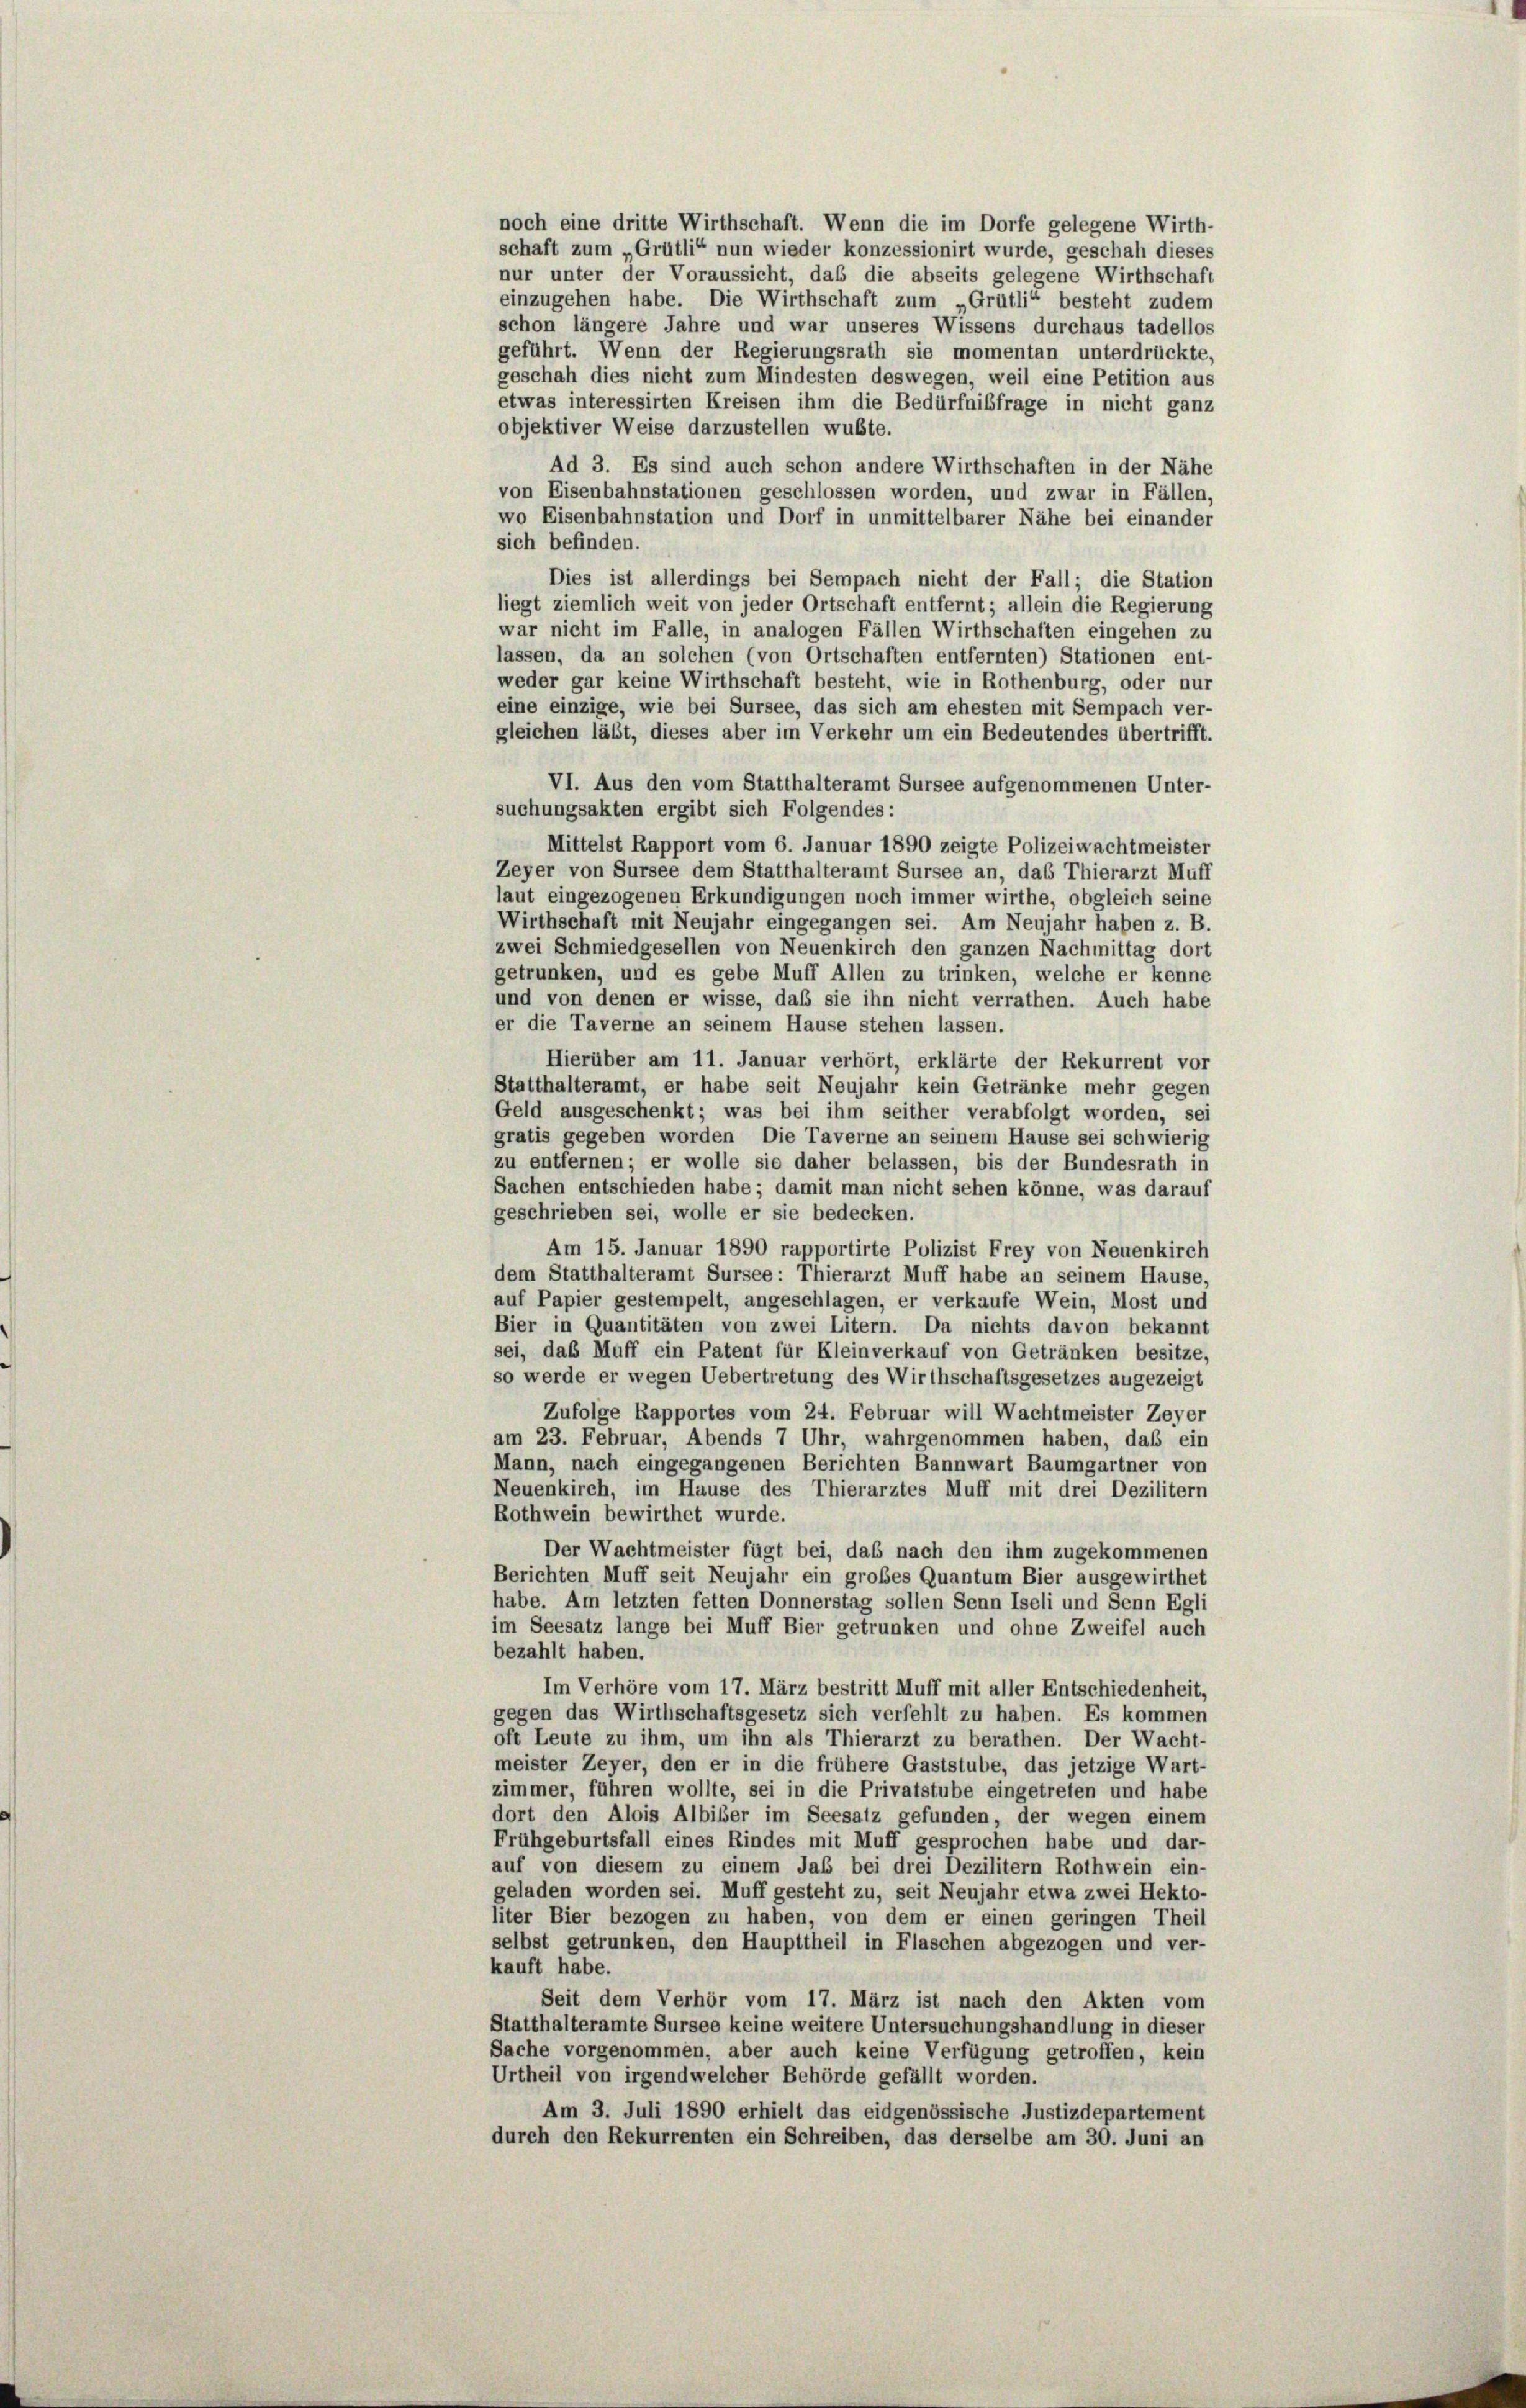
schon längere Jahre und war unseres Wissens durchaus tadellos
geführt. Wenn der Regierungsrath sie momentan unterdrückte
geschah dies nicht zum Mindesten deswegen, weil eine Petition aus
etwas interessirten Kreisen ihm die Bedürfnisfrage in nicht ganz
objektiver Weise darzustellen wußte.
Ad 3. Es sind auch schon andere Wirthschaften in der Nähe
von Eisenbahnstationen geschlossen worden, und zwar in Fällen,
wo Eisenbahnstation und Dorf in unmittelbarer Nähe bei einander
sich befinden.
Dies ist allerdings bei Sempach nicht der Fall; die Station
liegt ziemlich weit von jeder Ortschaft entfernt; allein die Regierung
war nicht im Falle, in analogen Fällen Wirthschaften eingehen zu
lassen, da an solchen (von Ortschaften entfernten) Stationen ent-
weder gar keine Wirthschaft besteht, wie in Rothenburg, oder nur
eine einzige, wie bei Sursee, das sich am ehesten mit Sempach ver-
gleichen läßt, dieses aber im Verkehr um ein Bedeutendes übertrifft.
VI. Aus den vom Statthalteramt Sursee aufgenommenen Unter-
suchungsakten ergibt sich Folgendes:
Mittelst Rapport vom 6. Januar 1890 zeigte Polizeiwachtmeister
Zeyer von Sursee dem Statthalteramt Sursee an, das Thierarzt Muff
laut eingezogenen Erkundigungen noch immer wirthe, obgleich seine
Wirthschaft mit Neujahr eingegangen sei. Am Neujahr haben z. B.
zwei Schmiedgesellen von Neuenkirch den ganzen Nachmittag dort
getrunken, und es gebe Muff Allen zu trinken, welche er kenne
und von denen er wisse, daß sie ihn nicht verrathen. Auch habe
er die Taverne an seinem Hause stehen lassen.
Hierüber am 11. Januar verhört, erklärte der Rekurrent vor
Statthalteramt, er habe seit Neujahr kein Getränke mehr gegen
Geld ausgeschenkt; was bei ihm seither verabfolgt worden, sei
gratis gegeben worden Die Taverne an seinem Hause sei schwierig
zu entfernen; er wolle sie daher belassen, bis der Bundesrath in
Sachen entschieden habe; damit man nicht sehen könne, was darauf
geschrieben sei, wolle er sie bedecken.
Am 15. Januar 1890 rapportirte Polizist Frey von Neuenkirch
dem Statthalteramt Sursee: Thierarzt Muff habe an seinem Hause,
auf Papier gestempelt, angeschlagen, er verkaufe Wein, Most und
Bier in Quantitäten von zwei Litern. Da nichts davon bekannt
sei, das Muff ein Patent für Kleinverkauf von Getränken besitze,
so werde er wegen Uebertretung des Wirthschaftsgesetzes angezeigt
Zufolge Rapportes vom 24. Februar will Wachtmeister Zeyer
am 23. Februar, Abends 7 Uhr, wahrgenommen haben, daß ein
Mann, nach eingegangenen Berichten Bannwart Baumgartner von
Neuenkirch, im Hause des Thierarztes Muff mit drei Dezilitern
Rothwein bewirthet wurde.
Der Wachtmeister fügt bei, daß nach den ihm zugekommenen
Berichten Muff seit Neujahr ein großes Quantum Bier ausgewirthet
habe. Am letzten fetten Donnerstag sollen Senn Iseli und Senn Egli
im Seesatz lange bei Muff Bier getrunken und ohne Zweifel auch
bezahlt haben.
Im Verhöre vom 17. März bestritt Muff mit aller Entschiedenheit,
gegen das Wirthschaftsgesetz sich verfehlt zu haben. Es kommen
oft Leute zu ihm, um ihn als Thierarzt zu berathen. Der Wacht-
meister Zeyer, den er in die frühere Gaststube, das jetzige Wart-
zimmer, führen wollte, sei in die Privatstube eingetreten und habe
dort den Alois Albiber im Seesalz gefunden, der wegen einem
Frühgeburtsfall eines Rindes mit Muff gesprochen habe und dar-
auf von diesem zu einem Jab bei drei Dezilitern Rothwein ein-
geladen worden sei. Muff gesteht zu, seit Neujahr etwa zwei Hekto-
liter Bier bezogen zu haben, von dem er einen geringen Theil
selbst getrunken, den Haupttheil in Flaschen abgezogen und ver-
kauft habe.
Seit dem Verhör vom 17. März ist nach den Akten vom
Statthalteramte Sursee keine weitere Untersuchungshandlung in dieser
Sache vorgenommen, aber auch keine Verfügung getroffen, kein
Urtheil von irgendwelcher Behörde gefällt worden.
Am 3. Juli 1890 erhielt das eidgenössische Justizdepartement
durch den Rekurrenten ein Schreiben, das derselbe am 30. Juni an

noch eine dritte Wirthschaft. Wenn die im Dorfe gelegene Wirth-
schaft zum „Grütli“ nun wieder konzessionirt wurde, geschah dieses
nur unter der Voraussicht, daß die abseits gelegene Wirthschaft
einzugehen habe. Die Wirthschaft zum Grütli“ besteht zudem